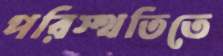
পরিস্থতিতে